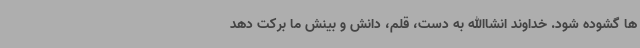
ها گشوده شود. خداوند انشاالله به دست، قلم، دانش و بینش ما برکت دهد